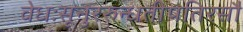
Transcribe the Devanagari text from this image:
वेधःसूनुररुन्धतीपतिरसौ